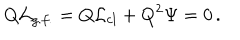
LaTeX: Q { \cal L } _ { g . f . } = Q { \cal L } _ { c l } + Q ^ { 2 } \Psi = 0 \, .